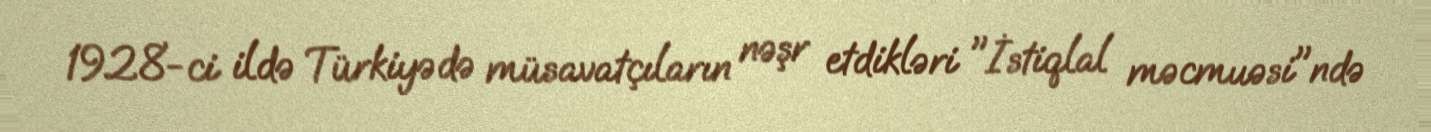
1928-ci ildə Türkiyədə müsavatçıların nəşr etdikləri "İstiqlal məcmuəsi"ndə